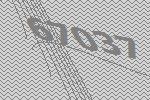
67037